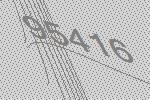
95416